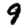
Digit: 9